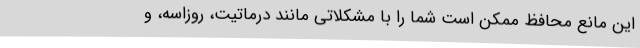
این مانع محافظ ممکن است شما را با مشکلاتی مانند درماتیت، روزاسه، و